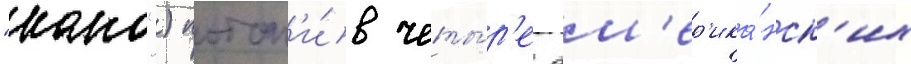
"како") потоп'и́в четы́р'е ам'ер'ика́нск'их